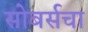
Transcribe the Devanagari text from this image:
सोबर्सचा